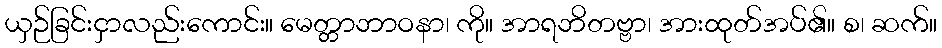
ယှဉ်ခြင်းငှာလည်းကောင်း။ မေတ္တာဘာဝနာ၊ ကို။ အာရဘိတဗ္ဗာ၊ အားထုတ်အပ်၏။ စ၊ ဆက်။